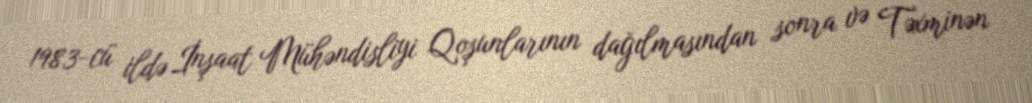
1983-cü ildə İnşaat Mühəndisliyi Qoşunlarının dağılmasından sonra və Təxminən